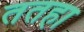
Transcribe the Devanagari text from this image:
ततहा